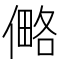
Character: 㑼